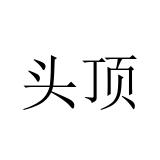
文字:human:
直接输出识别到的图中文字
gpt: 头顶